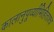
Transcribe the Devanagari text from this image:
कालानुपूर्व्याभिहिताश्च